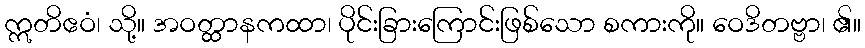
ဣတိဧဝံ၊ သို့။ အဝတ္ထာနကထာ၊ ပိုင်းခြားကြောင်းဖြစ်သော စကားကို။ ဝေဒိတဗ္ဗာ၊ ၏။